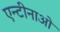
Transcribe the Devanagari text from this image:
एन्टीनाओं